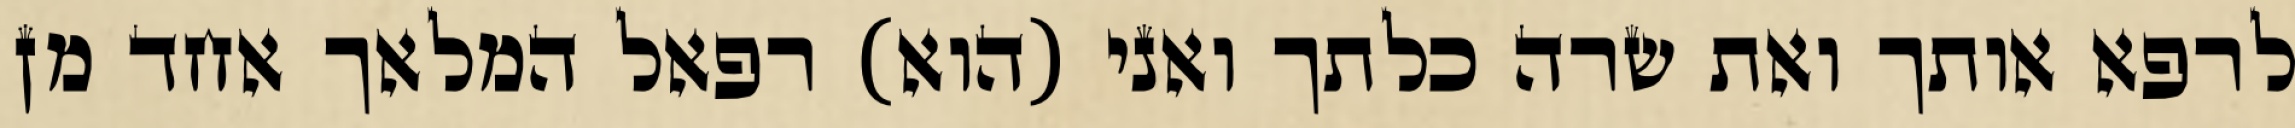
לרפא אותך ואת שרה כלתך ואני (הוא) רפאל המלאך אחד מן